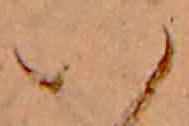
い